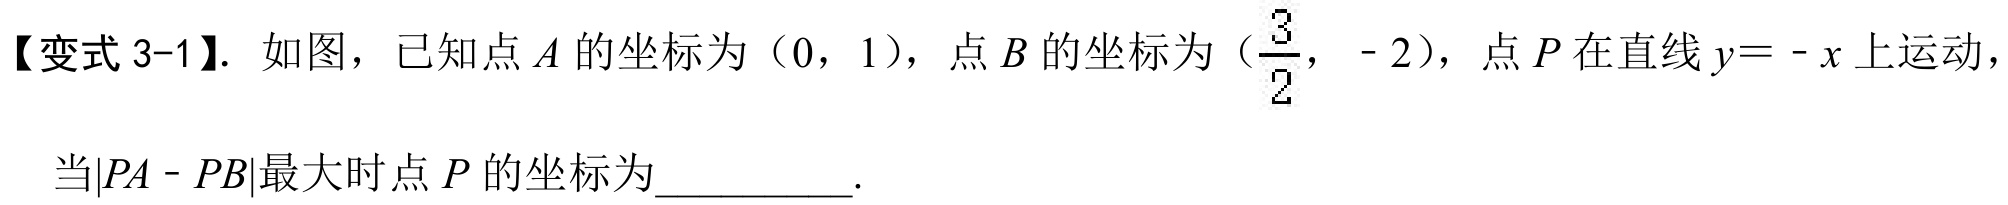
【变式 3-1】. 如图，已知点\(A\)的坐标为（\(0\)，\(1\)），点\(B\)的坐标为（\(\frac{3}{2}\)，\(- 2\)），点\(P\)在直线\(y = - x\)上运动，
当\(\vert PA - PB\vert\)最大时点\(P\)的坐标为__________.